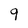
Character: 9